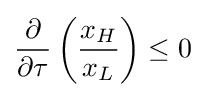
{\frac {\partial }{\partial \tau }}\left({\frac {x_{H}}{x_{L}}}\right)\leq 0